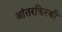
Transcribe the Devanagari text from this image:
आंतरफिरकी